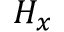
H _ { x }